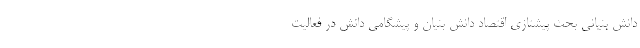
دانش­ بنیانی بحث پیشتازی اقتصاد دانش­ بنیان و پیشگامی دانش در فعالیت­